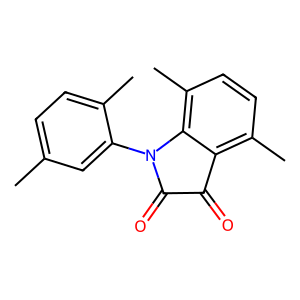
SMILES: Cc1ccc(C)c(N2C(=O)C(=O)c3c(C)ccc(C)c32)c1
Inhibits HIV replication: No